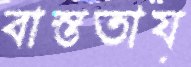
বাস্ততায়